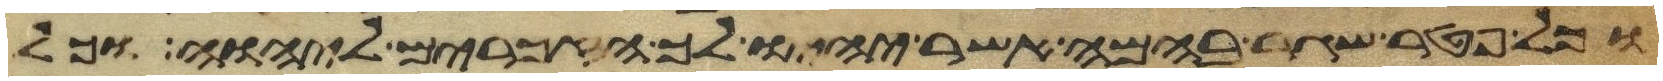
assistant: וכל פטר שגר בהמה אשר יהיו לך הזכרים ליהוה וכל